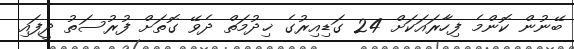
ބޭނުން ކޮންމެ ފިހާރައަކަށް 24 ގަޑިއިރުގެ ޚިދުމަތް ދެވޭ ގޮތަށް ފުރުސަތު ދީފައި